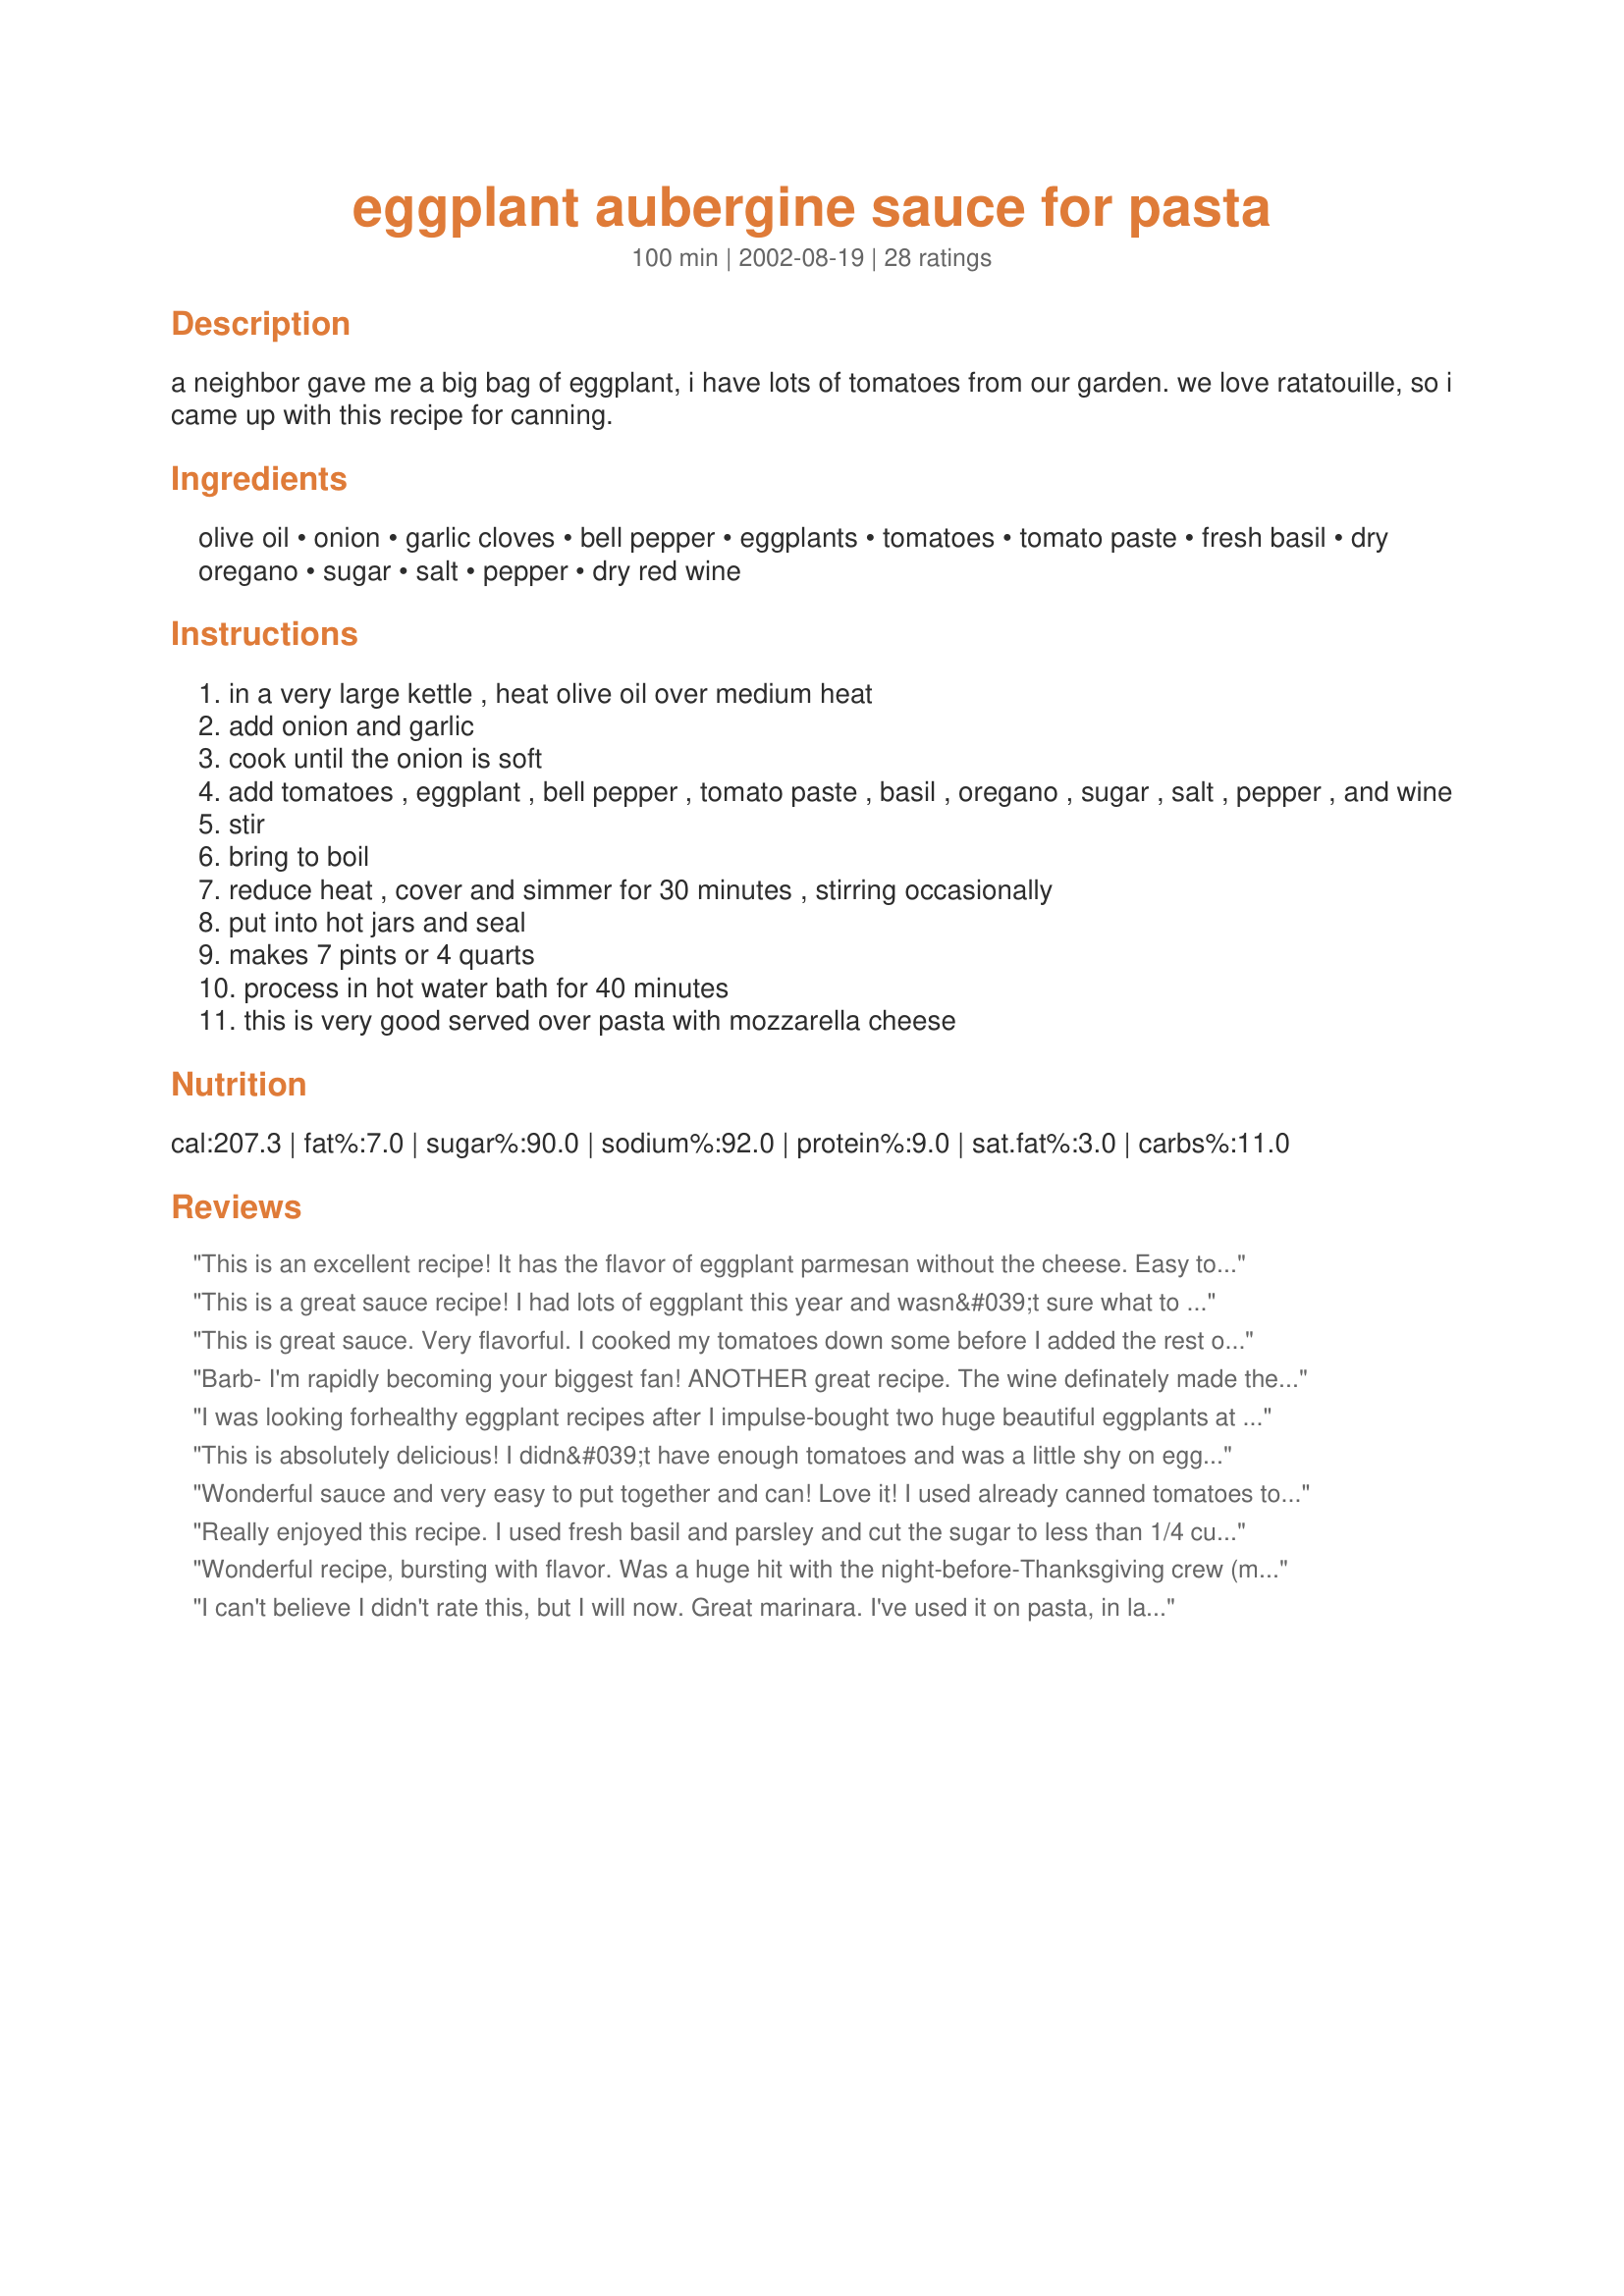
eggplant aubergine sauce for pasta
Preparation time: 100 minutes

a neighbor gave me a big bag of eggplant, i have lots of tomatoes from our garden. we love ratatouille, so i came up with this recipe for canning.

Ingredients:
olive oil, onion, garlic cloves, bell pepper, eggplants, tomatoes, tomato paste, fresh basil, dry oregano, sugar, salt, pepper, dry red wine

Steps:
in a very large kettle , heat olive oil over medium heat
add onion and garlic
cook until the onion is soft
add tomatoes , eggplant , bell pepper , tomato paste , basil , oregano , sugar , salt , pepper , and wine
stir
bring to boil
reduce heat , cover and simmer for 30 minutes , stirring occasionally
put into hot jars and seal
makes 7 pints or 4 quarts
process in hot water bath for 40 minutes
this is very good served over pasta with mozzarella cheese

Reviews:
This is an excellent recipe! It has the flavor of eggplant parmesan without the cheese. Easy to follow instructions.
This is a great sauce recipe! I had lots of eggplant this year and wasn&#039;t sure what to do with all of them...This is a great way to use them up. Love how the wine adds a deepness to it...Everyone in the family agreed it is now our favorite pasta sauce. I&#039;m now on my my third batch!! Thanks so much for an excellent recipe!!!
This is great sauce. Very flavorful. I cooked my tomatoes down some before I added the rest of the ingredients and cooking some more and the texture turned out very nice. I added a photo as well.
Barb- I'm rapidly becoming your biggest fan! ANOTHER great recipe. The wine definately made the sauce - I used Cabernet and it was superb. Also freezes well for leftovers!
I was looking forhealthy eggplant recipes after I impulse-bought two huge beautiful eggplants at the farmer's market ... This was amazing and tasted better that I imagined. I made a few small changes: the tomatoes were half fresh diced tomatoes (2 large) and a large can of crushed tomatoes with herbs, added a little crushed red pepper for some heat and used my potato masher at the end to mash up the diced eggplant. I served this over cheese raviolis topped with parm and froze the leftovers. This recipe was a great find - I will make it often. Thank you!
This is absolutely delicious! I didn&#039;t have enough tomatoes and was a little shy on eggplant, but I still got enough for 8 pints. I saved the last one and we had it for dinner. It&#039;s absolutely delicious and my husband, who generally doesn&#039;t like eggplant, loves it! Do you have a good recipe for ratatouille too? I&#039;ve been looking but I&#039;ll bet you know a good one. Thanks!
Wonderful sauce and very easy to put together and can! Love it! I used already canned tomatoes to equal 8 cups since the best tomatoes are out of season here. They worked just fine with the only difference resulting in 6.5 pints instead of 7. The half pint will be perfect for a breadstick dipping sauce. Thanks for a great recipe Barb!
Really enjoyed this recipe. I used fresh basil and parsley and cut the sugar to less than 1/4 cup. Served it over angel hair with plenty of Parmesan on top. Yummy!
Wonderful recipe, bursting with flavor. Was a huge hit with the night-before-Thanksgiving crew (meaning that I skipped the bottling and went right from pan to pasta)! I used organic canned tomatoes, including 1/3 fire-roasted, substituted agave nectar for the sugar, and used brown rice pasta (no loss in taste at all) for the gluten free among us.
I can't believe I didn't rate this, but I will now. Great marinara. I've used it on pasta, in lasagna, etc, etc... I followed the directions exactly and didn't change a thing. Thanks, Barb.
I made this and it is excellent... took me longer than specified but worth the time for sure ... also looks wonderful in the jars ... Thanks.
This is a great sauce recipe! We changed it some instead of 2lbs eggplant, we used 1lb eggplant and 1lb zucchini. Also we puree'd and seeded the tomatoes and added an extra can of paste came out delicious. More of a marinara sauce this way
I made this and noted one reviewer's comment to try the sauce before you sweeten it. Good idea, as I used about one fourth less sugar (I used brown for a darker flavor) than called for and still thought it a tad sweet. Everyone has different tastes, so adjustments are natural. I am really grateful for Barb Getz posting this recipe. It's very very good spaghetti sauce. We tried it on whole wheat pasta and it was wonderful, a many-layered depth of flavor!
I made this yesterday and it was excellent. I've never liked homemade sauces as well as what I get in the store, but this was so good. The addition of the wine did it I think. I used a Cabernet/Merlot blend. Very good, thank you!
This was so good! I've made it several times and used as a pasta sauce, pizza sauce and most recently in ravioli casserole. I like it better than homemade tomato sauce, which tends to be more acidic. I'm not experienced canning eggplant so I froze several containers of this instead. I used white wine instead of red-that's just what I cook with-but I really think this recipe is great as written. Thanks!
This is delicious! My son calls it garden sauce because everything other than the S&P, sugar, and wine came from the garden ;-) I haven't had a chance to can this recipe yet. Ended up splitting the pot with some friends that stopped by while I was cooking. Thank you for a great summer and winter recipe!
I have made this but, not tasted it yet.. It smelled great and looks great also! Cant wait to taste!
This is excellent !! I put up several quarts each year. The only changes I've made is using fresh oregano & parsley since I never seem to have basil available in my garden when I need it & cut the sugar to 1/4 cup.
Excellent! I made it almost exactly as written. I cannot use onion, so I chopped a similar amount of zucchini and added some onion powder when I sauteed it. I used cooking wine, because I couldn't get to the liquor store to buy any real wine, but the sauce is fantastic. My tomatoes were beautifully ripe and sweet, so I could have gotten away with less sugar, so I'll be sure and taste the sauce before adding sugar next time.
The most amazing sauce recipe EVER! Flavor is so rich from the eggplant. Makes any pasta dish perfect.
Let me add my 5 stars for this great recipe. I put eggplant in my garden this year, and boy do they produce. So I was looking for a recipe to use some of them up, and I also wanted to try my hand at canning. It was quite an experience! But I have made several more quarts with better (and faster) results. This is a wonderful (and healthy) addition to my pantry for the long cold winter months ahead. I love Barb's recipes!
This recipe is amazing! I added mushrooms (about 15 buttons) and reduced the quantity for 2 meals (we are a family of 6). Will make this again and again. Thanks for posting!
this is a great sauce. i used half the sugar and also added finely chopped olive. i have made it on seperate ocassions using red wine and white wine. i have since given out the recipe to several of my friends who also loved it.
This was easy to do except for peeling the tomatoes. I tasted it before it went into my jars and I may cut down on the sugar next time. I think the wine added extra body to the sauce. I am looking forward to this winter when I serve up most of my tomato dishes.
First time I've made this and it was very good! I did substitute the red wine with diluted red wine vinegar. Everything else was exactly what the recipe called for. It did take much longer than the specified time and I got 6 pints. We used one right away and quickly discovered that I would be canning this stuff again next year. The flavor is wonderful! We put it on pasta and also used it for a dipping sauce for cheese sticks and bread sticks.
I made several batches of this in summer with veggies from my garden (canned some and froze some). My husband and I just had a jar over pasta for lunch today (its February and snowing) and it was like a breath of summer. Delish!! Thanks.
Absolutely wonderful! Deep, rich flavors. Who needs to make eggplant parm when all you have to do is make this and serve over rice/pasta. Gave my stash to family. Now I have to make more (and hide it!).
Very good except I had to cut back on the salt.
